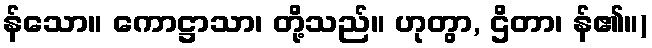
န်သော။ ကောဋ္ဌာသာ၊ တို့သည်။ ဟုတွာ, ဌိတာ၊ န်၏။)